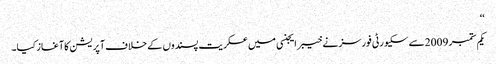
‘‘
یکم ستمبر 2009سے سکیورٹی فورسز نے خیبر ایجنسی میں عسکریت پسندوں کے خلاف آپریشن کا آغاز کیا۔